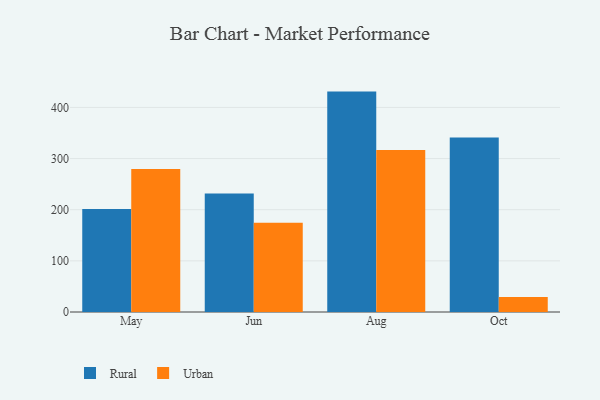
{"axis": {"x": "Month", "y": "Operating Costs (USD K)"}, "legend": ["Rural", "Urban"], "data": [{"x": "May", "y": 201.2, "type": "Rural"}, {"x": "May", "y": 279.6, "type": "Urban"}, {"x": "Jun", "y": 231.6, "type": "Rural"}, {"x": "Jun", "y": 174.5, "type": "Urban"}, {"x": "Aug", "y": 430.9, "type": "Rural"}, {"x": "Aug", "y": 316.8, "type": "Urban"}, {"x": "Oct", "y": 341.1, "type": "Rural"}, {"x": "Oct", "y": 29.5, "type": "Urban"}]}